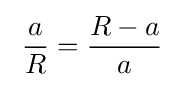
\;{\frac {a}{R}}={\frac {R-a}{a}}